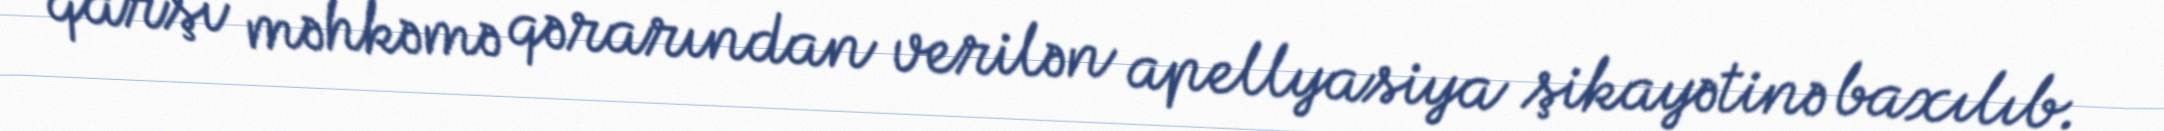
qarşı məhkəmə qərarından verilən apellyasiya şikayətinə baxılıb.